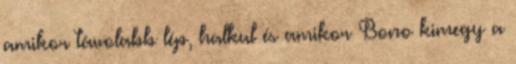
amikor távolabb lép, halkul és amikor Bono kimegy a